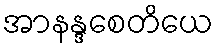
အာနန္ဒစေတိယေ